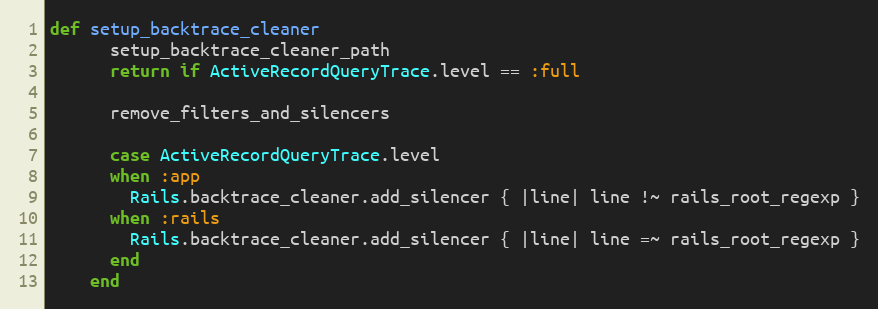
Language: Ruby
def setup_backtrace_cleaner
      setup_backtrace_cleaner_path
      return if ActiveRecordQueryTrace.level == :full

      remove_filters_and_silencers

      case ActiveRecordQueryTrace.level
      when :app
        Rails.backtrace_cleaner.add_silencer { |line| line !~ rails_root_regexp }
      when :rails
        Rails.backtrace_cleaner.add_silencer { |line| line =~ rails_root_regexp }
      end
    end